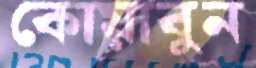
কোয়াবুন